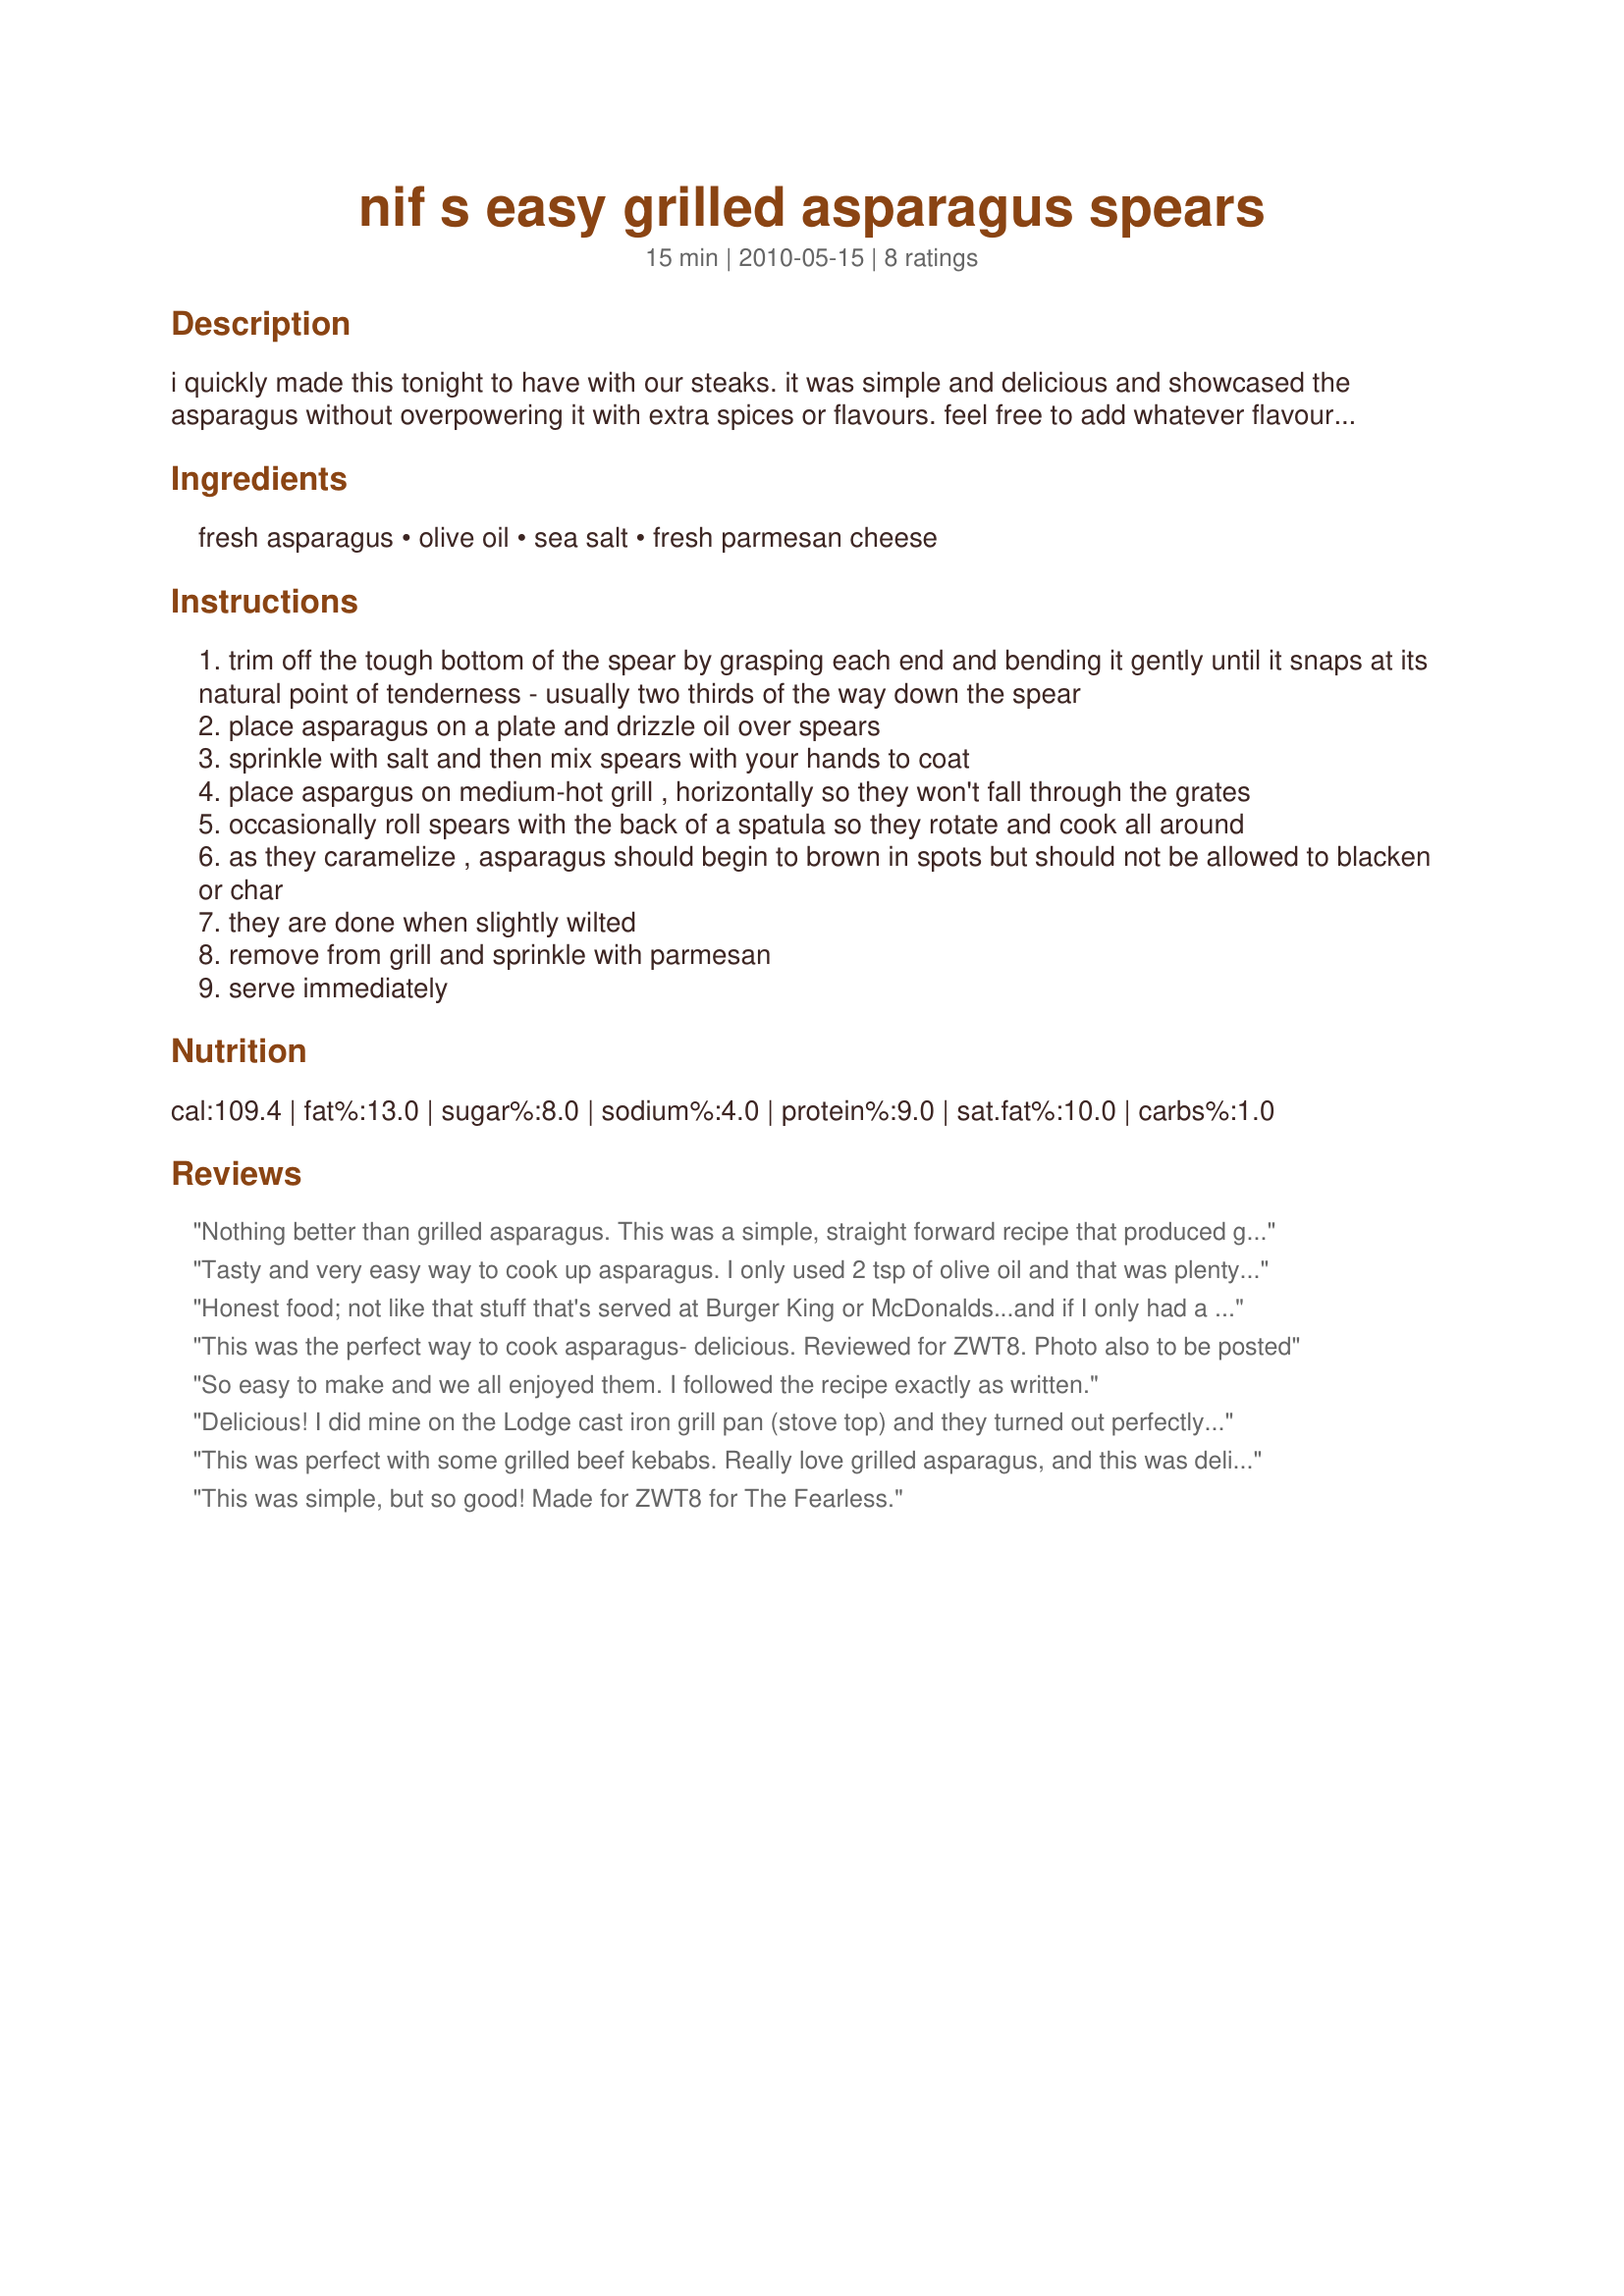
nif s easy grilled asparagus spears
Preparation time: 15 minutes

i quickly made this tonight to have with our steaks. it was simple and delicious and showcased the asparagus without overpowering it with extra spices or flavours. feel free to add whatever flavours you think it might need. enjoy!

Ingredients:
fresh asparagus, olive oil, sea salt, fresh parmesan cheese

Steps:
trim off the tough bottom of the spear by grasping each end and bending it gently until it snaps at its natural point of tenderness - usually two thirds of the way down the spear
place asparagus on a plate and drizzle oil over spears
sprinkle with salt and then mix spears with your hands to coat
place aspargus on medium-hot grill , horizontally so they won't fall through the grates
occasionally roll spears with the back of a spatula so they rotate and cook all around
as they caramelize , asparagus should begin to brown in spots but should not be allowed to blacken or char
they are done when slightly wilted
remove from grill and sprinkle with parmesan
serve immediately

Reviews:
Nothing better than grilled asparagus. This was a simple, straight forward recipe that produced great results. The cheese added to the taste. Made for ZWT8
Tasty and very easy way to cook up asparagus. I only used 2 tsp of olive oil and that was plenty for me. I cooked this in the oven about 400 degrees F. Made for Market tag.
Honest food; not like that stuff that's served at Burger King or McDonalds...and if I only had a dime for each one I ate.
This was the perfect way to cook asparagus- delicious. Reviewed for ZWT8. Photo also to be posted
So easy to make and we all enjoyed them. I followed the recipe exactly as written.
Delicious! I did mine on the Lodge cast iron grill pan (stove top) and they turned out perfectly. The cheese is a nice touch! Made for ZWT8.
This was perfect with some grilled beef kebabs. Really love grilled asparagus, and this was delicious. Thanks for sharing! Made for ZWT.
This was simple, but so good! Made for ZWT8 for The Fearless.
